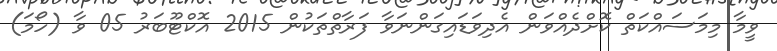
ވީމާ މިމަސައްކަތް ކޮށްދެއްވަން އެދިވަޑައިގަންނަވާ ފަރާތްތަކުން 2015 އޮކްޓޫބަރު 05 ވާ (ހޯމަ)